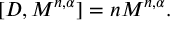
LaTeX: \lbrack D , M ^ { n , \alpha } ] = n M ^ { n , \alpha } .